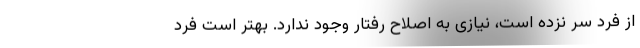
از فرد سر نزده است، نیازی به اصلاح رفتار وجود ندارد. بهتر است فرد